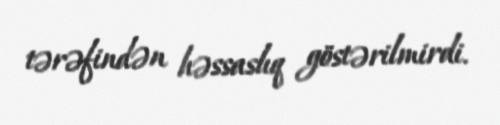
tərəfindən həssaslıq göstərilmirdi.